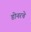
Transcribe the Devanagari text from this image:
डोनरचे